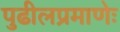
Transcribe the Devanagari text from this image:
पुढीलप्रमाणेः